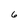
Character: 6